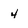
Character: 4